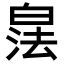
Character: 𪾁